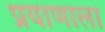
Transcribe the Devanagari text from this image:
प्रयाणाला